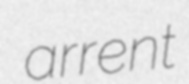
arrent